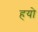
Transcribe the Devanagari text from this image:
हयो